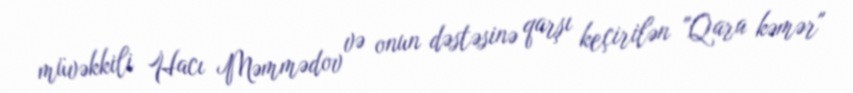
müvəkkili Hacı Məmmədov və onun dəstəsinə qarşı keçirilən "Qara kəmər"